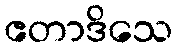
ဧတာဒိသေ